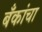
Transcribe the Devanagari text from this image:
बँकांचा